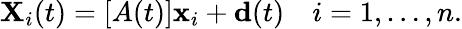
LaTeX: \mathbf{X}_{i}(t)=[A(t)]\mathbf{x}_{i}+\mathbf{d}(t)\quad i=1,\ldots,n.